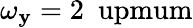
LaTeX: \omega_{\mathbf{y}}=2~\mathrm{{\ upmum}}